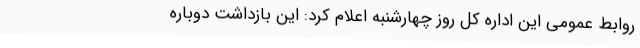
روابط عمومی این اداره کل روز چهارشنبه اعلام کرد: این بازداشت دوباره